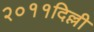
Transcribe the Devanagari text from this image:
२०११दिल्ली